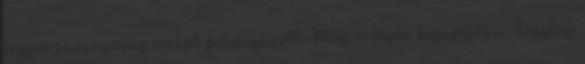
vegyes savanyúság recept felcsigázott. Még a végén kipróbálom Tényleg